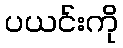
ပယင်းကို